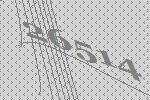
26514